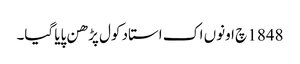
1848 چ اونوں اک استاد کول پڑھن پایا گیا۔